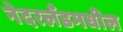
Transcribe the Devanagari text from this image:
नेदरलँडमधील